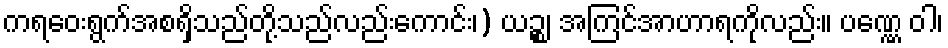
ကရဝေးရွက်အစရှိသည်တို့သည်လည်းကောင်း၊) ယဉ္စ၊ အကြင်အာဟာရကိုလည်း။ ပဏ္ဏေ ဝါ၊